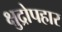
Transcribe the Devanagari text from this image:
क्षुद्रोपहार